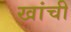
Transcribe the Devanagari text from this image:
खांची